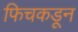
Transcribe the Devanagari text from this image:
फिचकडून